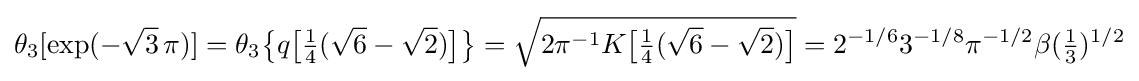
\theta _{3}[\exp(-{\sqrt {3}}\,\pi )]=\theta _{3}{\bigl \{}q{\bigl [}{\tfrac {1}{4}}({\sqrt {6}}-{\sqrt {2}}){\bigr ]}{\bigr \}}={\sqrt {2\pi ^{-1}K{\bigl [}{\tfrac {1}{4}}({\sqrt {6}}-{\sqrt {2}}){\bigr ]}}}=2^{-1/6}3^{-1/8}\pi ^{-1/2}\beta ({\tfrac {1}{3}})^{1/2}